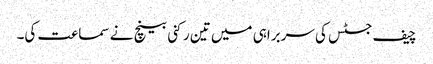
چیف جسٹس کی سربراہی میں تین رکنی بینچ نے سماعت کی۔